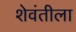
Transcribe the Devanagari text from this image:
शेवंतीला